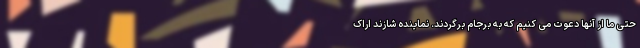
حتی ما از آنها دعوت می کنیم که به برجام برگردند. نماینده شازند اراک